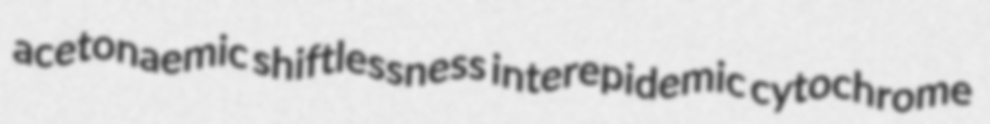
acetonaemic shiftlessness interepidemic cytochrome